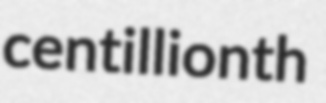
centillionth